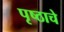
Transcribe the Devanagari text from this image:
पृष्ठाचे